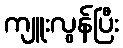
ကျူးလွန်ပြီး